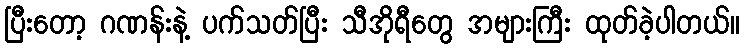
ပြီးတော့ ဂဏန်းနဲ့ ပက်သတ်ပြီး သီအိုရီတွေ အများကြီး ထုတ်ခဲ့ပါတယ်။